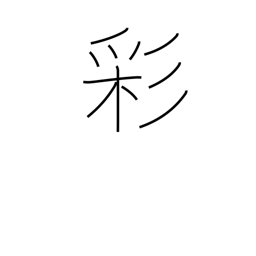
Meaning: coloring